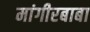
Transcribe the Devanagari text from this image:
मांगीरबाबा